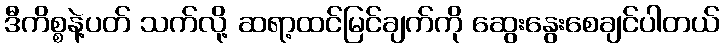
ဒီကိစ္စနဲ့ပတ် သက်လို့ ဆရာ့ထင်မြင်ချက်ကို ဆွေးနွေးစေချင်ပါတယ်